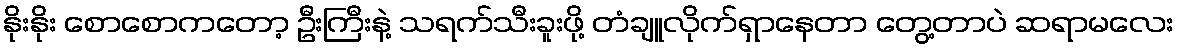
နိုးနိုး စောစောကတော့ ဦးကြီးနဲ့ သရက်သီးခူးဖို့ တံချူလိုက်ရှာနေတာ တွေ့တာပဲ ဆရာမလေး